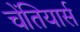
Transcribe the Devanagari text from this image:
चेंतियार्स